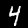
Digit: 4